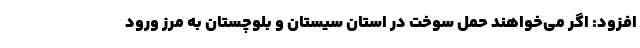
افزود: اگر می‌خواهند حمل سوخت در استان سیستان و بلوچستان به مرز ورود